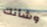
وشأنك